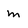
Character: m